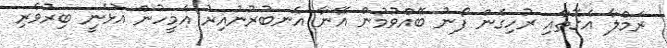
ރަމްލާ އެގޮތާއި ރުހިގެން ފޯނު ބޭއްވުމުން އޭނާ އެނބުރުނުއިރު އެމީހުން އުޅެނީ ބިރުވެރި